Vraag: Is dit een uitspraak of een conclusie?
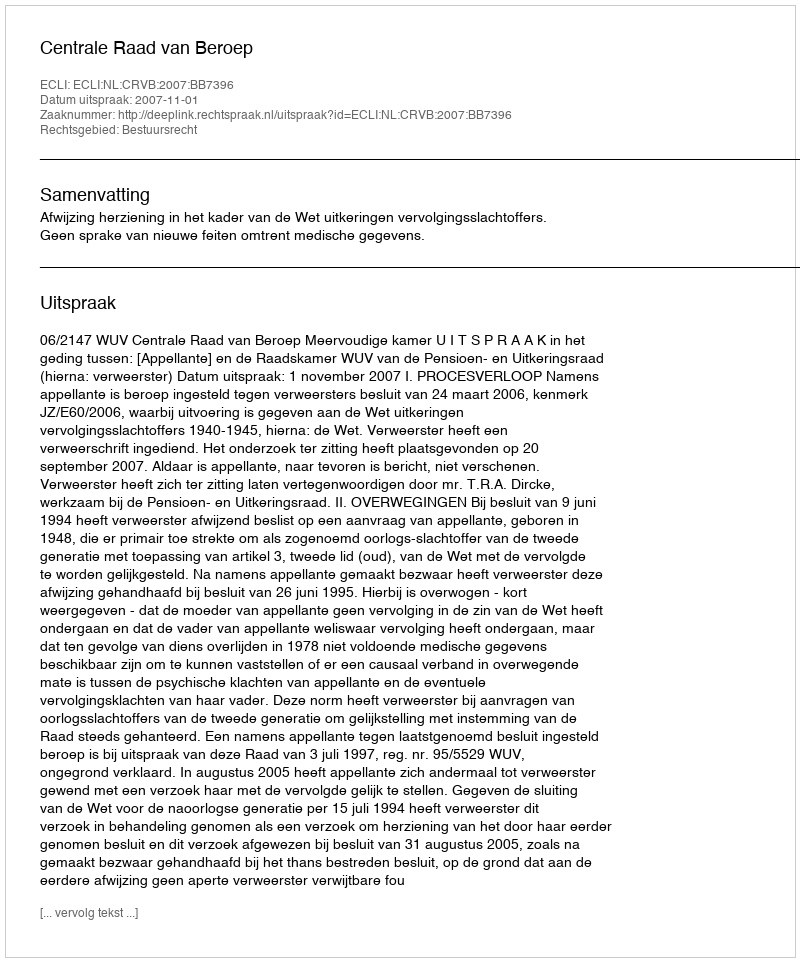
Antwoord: Uitspraak